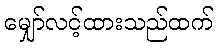
မျှော်လင့်ထားသည်ထက်